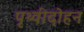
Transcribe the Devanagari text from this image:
पृथ्वीदोहन